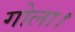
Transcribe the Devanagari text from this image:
गोला।